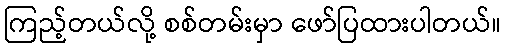
ကြည့်တယ်လို့ စစ်တမ်းမှာ ဖော်ပြထားပါတယ်။